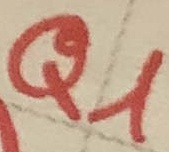
Text: Q1